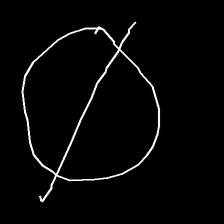
Glyph: orb